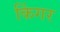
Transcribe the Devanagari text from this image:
किंगर